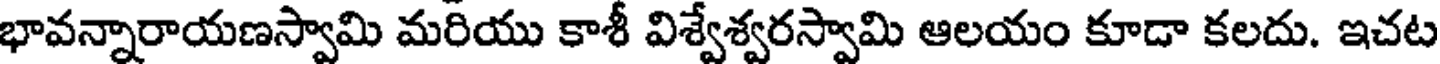
భావన్నారాయణస్వామి మరియు కాశీ విశ్వేశ్వరస్వామి ఆలయం కూడా కలదు. ఇచట